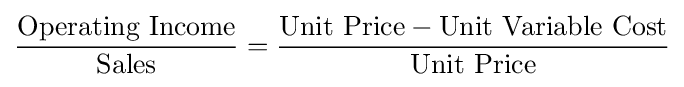
{\frac {\text{Operating Income}}{\text{Sales}}}={\frac {{\text{Unit Price}}-{\text{Unit Variable Cost}}}{\text{Unit Price}}}